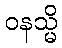
ဝနသ္မိ